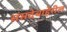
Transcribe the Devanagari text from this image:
संसदेबाहेरील